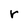
Character: r